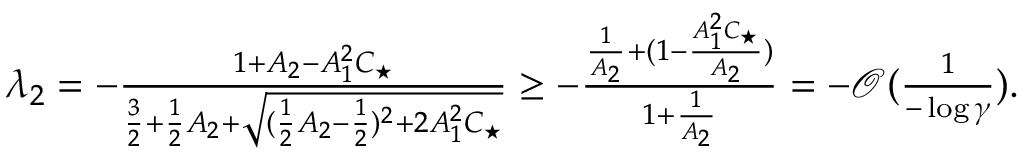
\begin{array} { r } { \lambda _ { 2 } = - \frac { 1 + A _ { 2 } - A _ { 1 } ^ { 2 } C _ { \star } } { \frac { 3 } { 2 } + \frac { 1 } { 2 } A _ { 2 } + \sqrt { ( \frac { 1 } { 2 } A _ { 2 } - \frac { 1 } { 2 } ) ^ { 2 } + 2 A _ { 1 } ^ { 2 } C _ { \star } } } \geq - \frac { \frac { 1 } { A _ { 2 } } + ( 1 - \frac { A _ { 1 } ^ { 2 } C _ { \star } } { A _ { 2 } } ) } { 1 + \frac { 1 } { A _ { 2 } } } = - \mathcal { O } ( \frac { 1 } { - \log \gamma } ) . } \end{array}